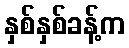
နှစ်နှစ်ခန့်က